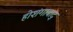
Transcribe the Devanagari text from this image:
होशंगाबाद्